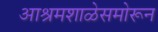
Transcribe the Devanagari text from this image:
आश्रमशाळेसमोरून